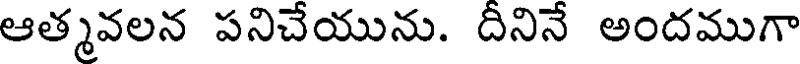
ఆత్మవలన పనిచేయును. దినినే అందముగా